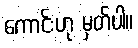
ကောင်းဟု မှတ်ပါ။